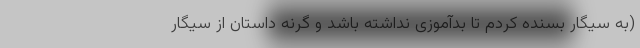
(به سیگار بسنده کردم تا بدآموزی نداشته باشد و گرنه داستان از سیگار